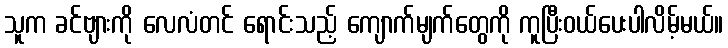
သူက ခင်ဗျားကို လေလံတင် ရောင်းသည့် ကျောက်မျက်တွေကို ကူပြီးဝယ်ပေးပါလိမ့်မယ်။